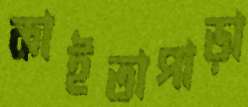
কাইতাপাড়া